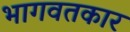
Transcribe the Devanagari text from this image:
भागवतकार